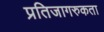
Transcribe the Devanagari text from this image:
प्रतिजागरुकता